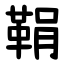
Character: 鞙